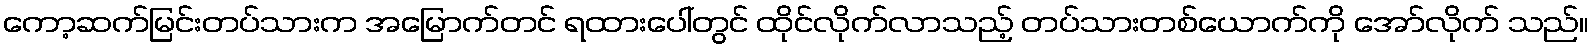
ကော့ဆက်မြင်းတပ်သားက အမြောက်တင် ရထားပေါ်တွင် ထိုင်လိုက်လာသည့် တပ်သားတစ်ယောက်ကို အော်လိုက် သည်။